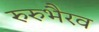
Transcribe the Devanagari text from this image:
रुरुभैरव